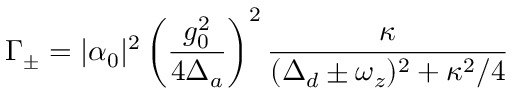
\Gamma _ { \pm } = | \alpha _ { 0 } | ^ { 2 } \left( \frac { g _ { 0 } ^ { 2 } } { 4 \Delta _ { a } } \right) ^ { 2 } \frac { \kappa } { ( \Delta _ { d } \pm \omega _ { z } ) ^ { 2 } + \kappa ^ { 2 } / 4 }